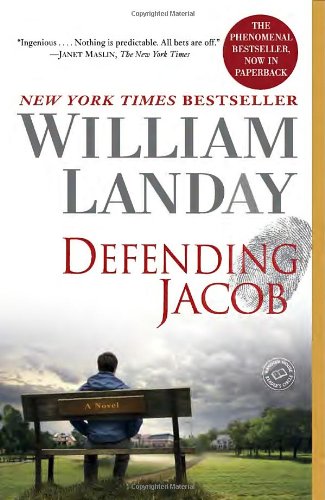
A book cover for Defending Jacob: A Novel; William Landay; Mystery, Thriller & Suspense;